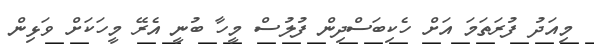
މިއަދު ފުރަތަމަ އަށް ހެކިބަސްދިން ފުލުސް މީހާ ބުނީ އެރޭ މީހަކަށް ވަޅިން